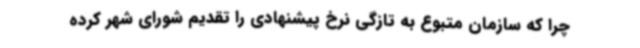
چرا که سازمان متبوع به تازگی نرخ پیشنهادی را تقدیم شورای شهر کرده